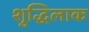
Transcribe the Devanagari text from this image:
शुद्धिलाक